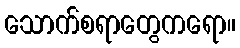
သောက်စရာတွေကရော။